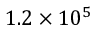
1 . 2 \times 1 0 ^ { 5 }